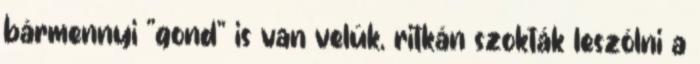
bármennyi "gond" is van velük, ritkán szokták leszólni a